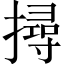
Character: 撏